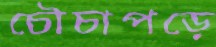
চৌচাপড়ে